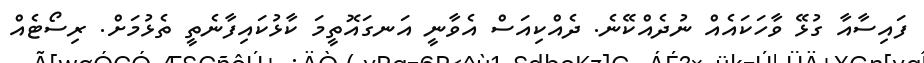
ފައިސާއާ ގުޅޭ ވާހަކައެއް ނުދެއްކޭނެ. ދެއްކިއަސް އެވާނީ އަނގައޮތީމަ ކާޅުކައިފާނެތީ ތެޅުމަށް. ރިސޯޓެއް